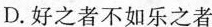
D.好之者不如乐之者